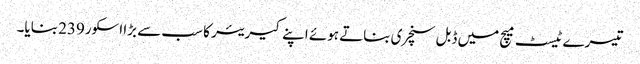
تیسرے ٹیسٹ میچ میں ڈبل سنچری بناتے ہوئے اپنے کیریئر کا سب سے بڑا اسکور239 بنایا۔